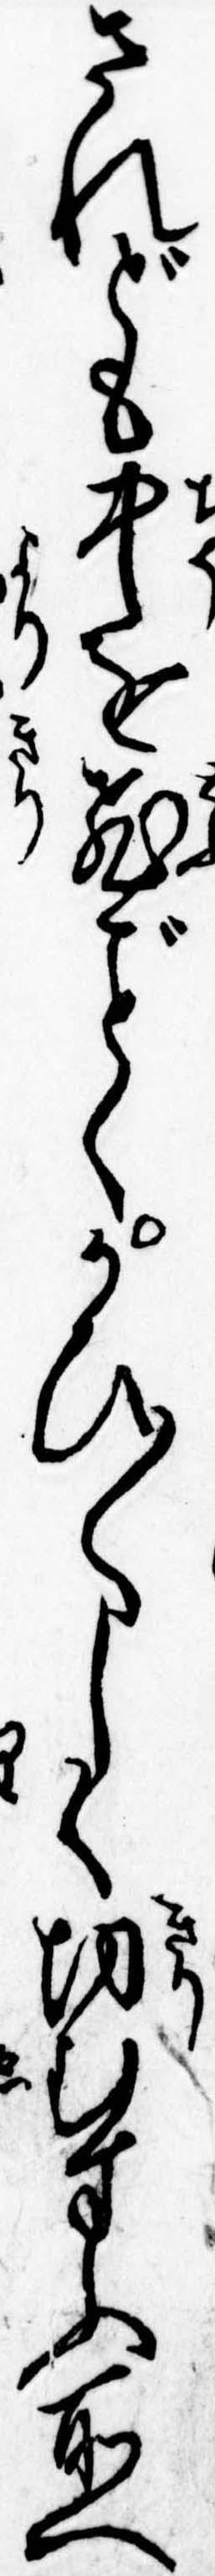
されども中を飛くかひ〱しく切むすふ所へ